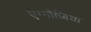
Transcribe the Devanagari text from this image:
ऐग्नोज़िया